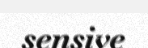
sensive